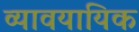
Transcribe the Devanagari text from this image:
व्यावयायिक